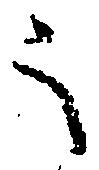
之